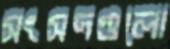
সংসদগুলো